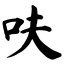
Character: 呋